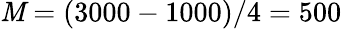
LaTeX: \mathit{M}=(3000-1000)/4=500